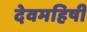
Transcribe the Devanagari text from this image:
देवमहिषी